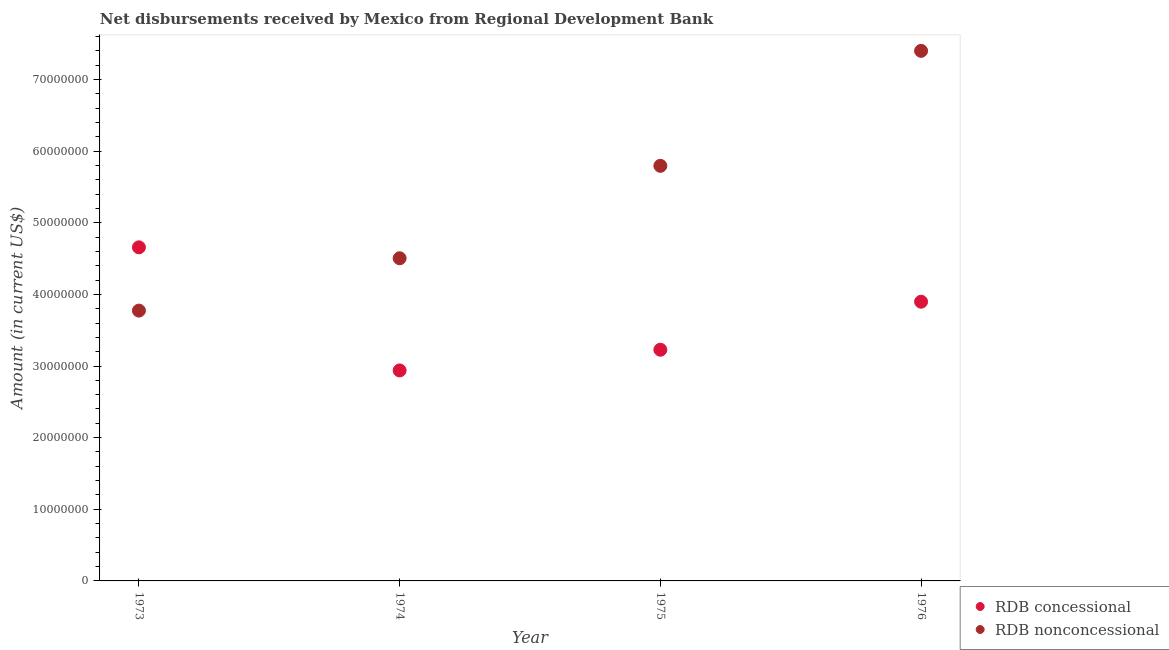
| Year | RDB concessional | RDB nonconcessional |
 | --- | --- | --- |
 | 1973 | 4.66e+07 | 3.77e+07 |
 | 1974 | 2.94e+07 | 4.5e+07 |
 | 1975 | 3.23e+07 | 5.79e+07 |
 | 1976 | 3.9e+07 | 7.4e+07 |